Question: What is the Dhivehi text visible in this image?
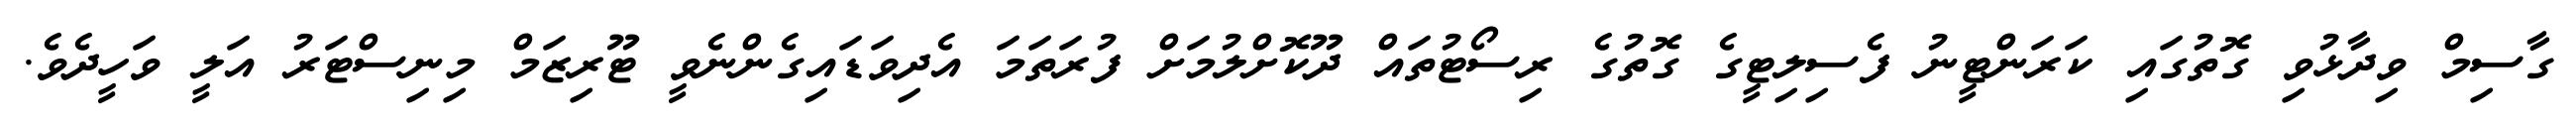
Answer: ގާސިމް ވިދާޅުވި ގޮތުގައި ކަރަންޓީނު ފެސިލިޓީގެ ގޮތުގެ ރިސޯޓުތައް ދޫކޮށްލުމަށް ފުރަތަމަ އެދިވަޑައިގެންނެވީ ޓޫރިޒަމް މިނިސްޓަރު އަލީ ވަހީދެވެ.